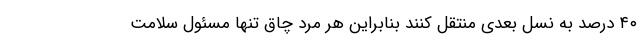
۴۰ درصد به نسل بعدی منتقل کنند بنابراین هر مرد چاق تنها مسئول سلامت